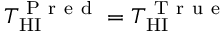
T _ { \mathrm { H I } } ^ { \mathrm { ~ P ~ r ~ e ~ d ~ } } = T _ { \mathrm { H I } } ^ { \mathrm { ~ T ~ r ~ u ~ e ~ } }